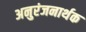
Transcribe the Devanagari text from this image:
अनुरंजनार्थक